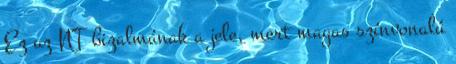
Ez az NT bizalmának a jele, mert magas színvonalú